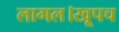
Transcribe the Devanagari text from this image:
लागल।खूपच